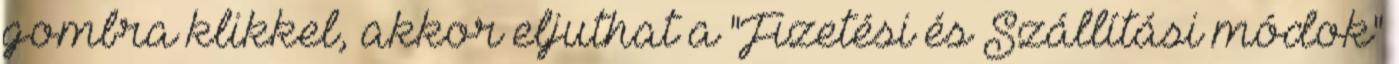
gombra klikkel, akkor eljuthat a "Fizetési és Szállítási módok"